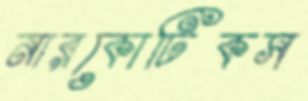
নারকোটিকস